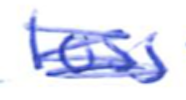
Text: loss
Cross-out: scratch
Writing tool: ballpoint